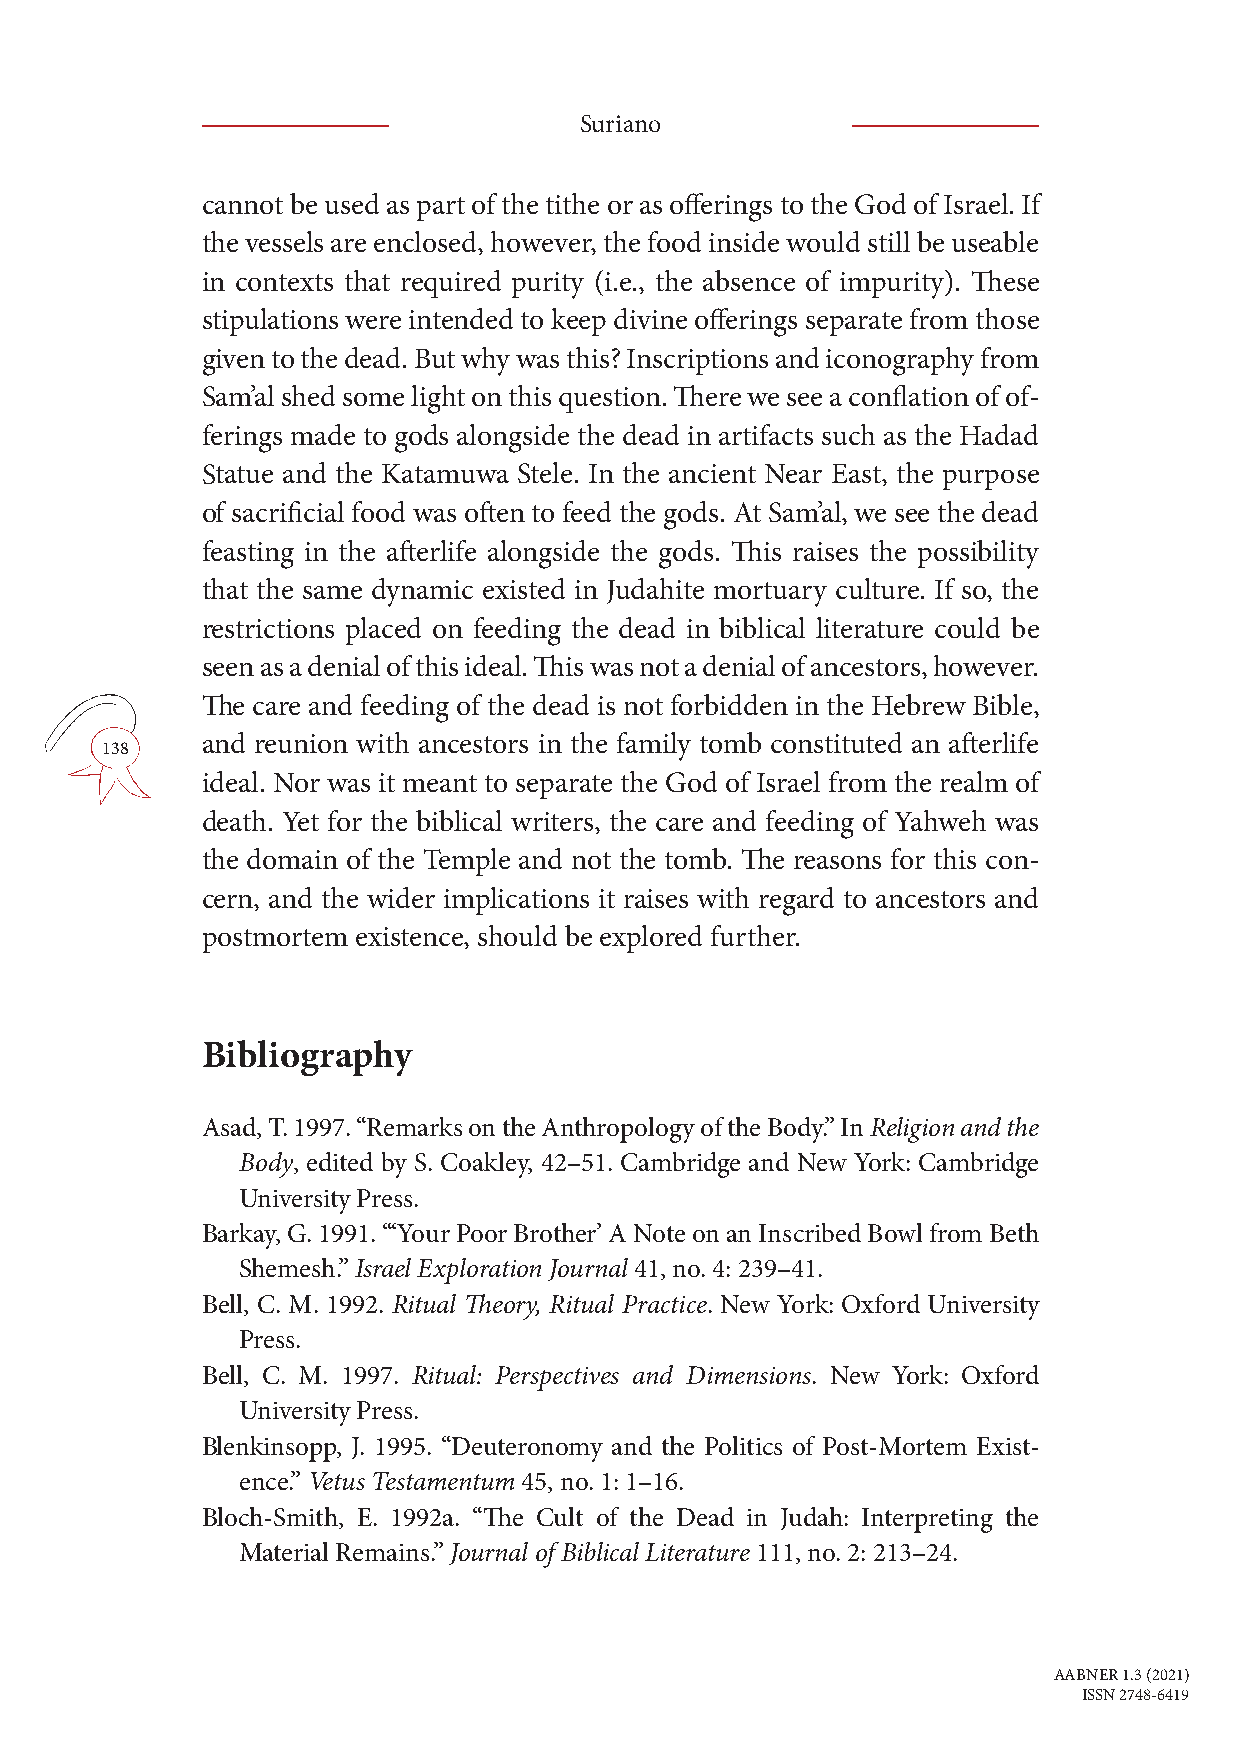
Suriano
 cannot be used as part of the tithe or as offerings to the God of Israel. If
 the vessels are enclosed, however, the food inside would still be useable
 in contexts that required purity (i.e., the absence of impurity). These
 stipulations were intended to keep divine offerings separate from those
 given to the dead. But why was this? Inscriptions and iconography from
 Sam’al shed some light on this question. There we see a conflation of of-
 ferings made to gods alongside the dead in artifacts such as the Hadad
 Statue and the Katamuwa Stele. In the ancient Near East, the purpose
 of sacrificial food was often to feed the gods. At Sam’al, we see the dead
 feasting in the afterlife alongside the gods. This raises the possibility
 that the same dynamic existed in Judahite mortuary culture. If so, the
 restrictions placed on feeding the dead in biblical literature could be
 seen as a denial of this ideal. This was not a denial of ancestors, however.
 The care and feeding of the dead is not forbidden in the Hebrew Bible,
 and reunion with ancestors in the family tomb constituted an afterlife
 138
 ideal. Nor was it meant to separate the God of Israel from the realm of
 death. Yet for the biblical writers, the care and feeding of Yahweh was
 the domain of the Temple and not the tomb. The reasons for this con-
 cern, and the wider implications it raises with regard to ancestors and
 postmortem existence, should be explored further.
 Bibliography
 Asad, T. 1997. “Remarks on the Anthropology of the Body.” In Religion and the
 Body, edited by S. Coakley, 42–51. Cambridge and New York: Cambridge
 University Press.
 Barkay, G. 1991. “‘Your Poor Brother’ A Note on an Inscribed Bowl from Beth
 Shemesh.” Israel Exploration Journal 41, no. 4: 239–41.
 Bell, C. M. 1992. Ritual Theory, Ritual Practice. New York: Oxford University
 Press.
 Bell, C. M. 1997. Ritual: Perspectives and Dimensions. New York: Oxford
 University Press.
 Blenkinsopp, J. 1995. “Deuteronomy and the Politics of Post-Mortem Exist-
 ence.” Vetus Testamentum 45, no. 1: 1–16.
 Bloch-Smith, E. 1992a. “The Cult of the Dead in Judah: Interpreting the
 Material Remains.” Journal of Biblical Literature 111, no. 2: 213–24.
 AABNER 1.3 (2021)
 ISSN 2748-6419